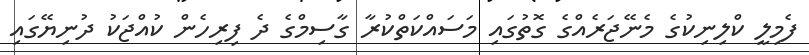
ފެމިލީ ކްލިނިކުގެ މެނޭޖަރެއްގެ ގޮތުގައި މަސައްކަތްކުރާ ގާސިމްގެ ދެ ފިރިހެން ކުއްޖަކު ދުނިޔޭގައި